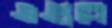
এগুবে